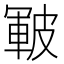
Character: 皸